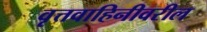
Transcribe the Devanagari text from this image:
वृत्तवाहिनीवरील